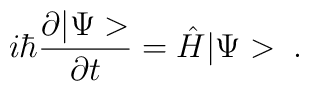
i\hbar\frac{\partial |\Psi>}{\partial t}=\hat{H}|\Psi>\;.